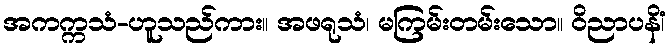
အကက္ကသံ-ဟူသည်ကား။ အဖရုသံ၊ မကြမ်းတမ်းသော။ ဝိညာပနိံ၊